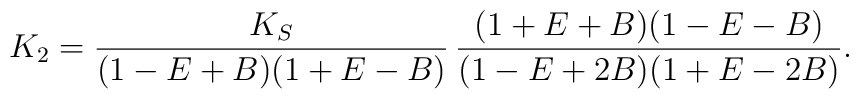
K_2= \frac{K_S}{(1-E+B)(1+E-B)}\,\frac{(1+E+B)(1-E-B)}{(1-E+2B)(1+E-2B)}.